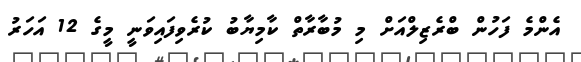
އެންމެ ފަހުން ބްރެޒިލްއަށް މި މުބާރާތް ކާމިޔާބު ކުރެވިފައިވަނީ މީގެ 12 އަހަރު